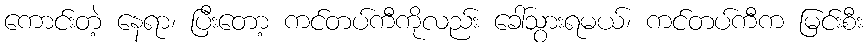
ကောင်းတဲ့ နေရာ၊ ပြီးတော့ ကင်တပ်ကီကိုလည်း ခေါ်သွားရမယ်၊ ကင်တပ်ကီက မြင်းစီး